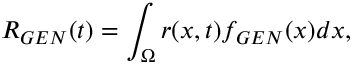
R _ { G E N } ( t ) = \int _ { \Omega } r ( x , t ) f _ { G E N } ( x ) d x ,